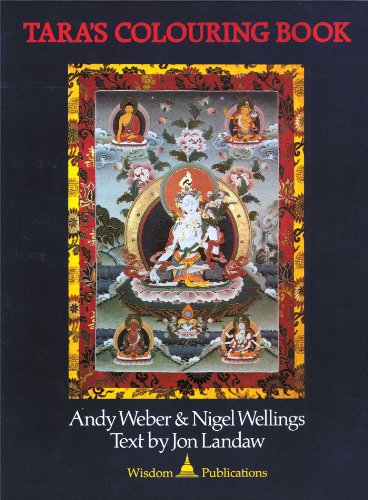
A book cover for Tara's Coloring Book; Jonathan Landaw; Children's Books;